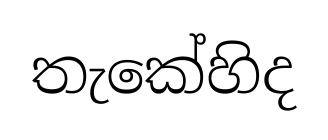
තැකේහිද